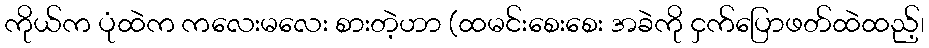
ကိုယ်က ပုံထဲက ကလေးမလေး စားတဲ့ဟာ (ထမင်းစေးစေး အခဲကို ငှက်ပြောဖတ်ထဲထည့်၊